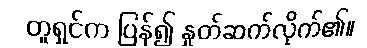
တူရှင်က ပြန်၍ နှုတ်ဆက်လိုက်၏။